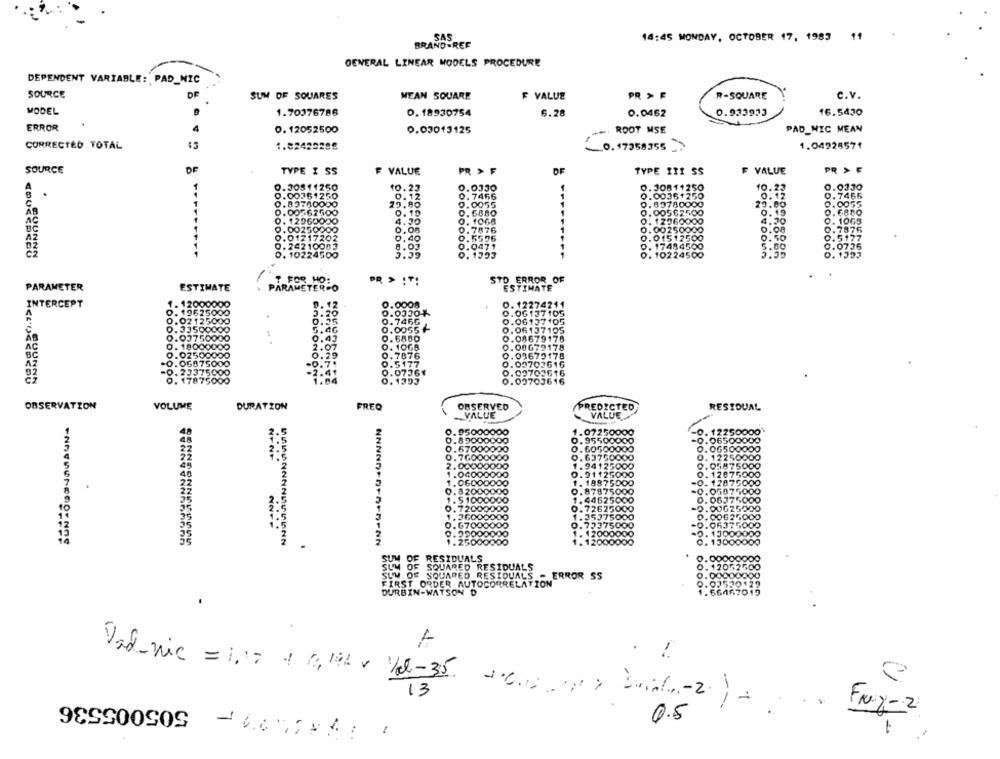
SAS
14:45 MONDAY, OCTOBER 17, 1983
BRAND -REF
GENERAL LINEAR MODELS PROCEDURE
DEPENDENT VARIABLE: PAD_NIC
SOURCE
SUM OF SQUARES
MEAN SQUARE
F VALUE
PR > F
R-SQUARE
C.v.
MODEL
1.70076786
0. 18930754
6.28
0.0462
0.933933
16.5430
ERROR
.
4
0. 12052500
0.03013125
... ROOT MSE
PAD_NIC MEAN
1.82420289
1.04928571
CORRECTED TOTAL
0.17358355 _>
DE
SOURCE
TYPE I SS
F VALUE
PR > F
OF
TYPE II! SS
F VALUE
PR > F
0.3051125
0.0330
0. 30811250
10.22
0.0330
0.007612
0
2. 7466
0.00361250
0.7466
.8976000
0.0055
0.89780000
29.80
0.0055
62500
0
0. 6880
0.00562500
0.19
0.6880
AC
2960000
4.30
0. 1066
DODO
0. 12260000
4.20
0. 1063
BC
O
0.7876
0.7876
0.01512500
0.00250000
0.08
0.5177
17202
0.5596
0.50
10063
0.0471
0. 17484500
5.00
0.0736
224500
0.1393
0. 10224500
0.1353
7 FOR MO:
STO ERROR OF
PARAMETER
ESTIMATE
PARAMETER-O
ESTIMATE
. 12000000
9. 12
0.0008
0. 12274211
INTERCEPT
O. 19625000
0.06137105
.02 125000
0.0330%
0.06137105
0.7466
0.33500000
0.0055+-
0.06137105
0.037500
0.6850
0.08679178
. 180000
2.0
0. 1068
0.00679178
0.29
0.7876
0.03679178
05875
0.5177
0.00703616
0 2337500
0.07361
.00703616
17875000
0.00703616
0.1393
OBSERVATION
VOLUME
DURATION
FREO
OBSERVED
PREDICTED
RESIDUAL
.VALUE
VALUE
0.95000000
1.07250000
-0. 12
10000
0.95500000
0.065
67000
6050000
O.0
65
00000
0.7600
. 63750000
0. 1
2.00000000
250000
941
175000
1.04000000
0.1
175000
1.06000000
18875000
-O.
GOOO
0. 82000000
0.97875000
175000
1.51000000
. 44625000
.06375000
0.72000000
0.72
25000
=0.00025200
.26000000
5000
.00625,000
0.67000000
6000
0.59000000
1.2500
SUM OF RESIDUALS
SUM OF SQUARED RESIDUALS
SUM OF SQUARED RESIDUALS - ERROR SS
FIRST ORDER AUTOCORRELATION
DURBIN-WATSON D
Vad-nic = 1,17 1 0,10% + 1/2l-35.
505005536
13
Fry-2
0.5
-